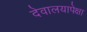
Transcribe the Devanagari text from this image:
देवालयापेक्षा